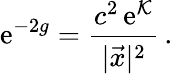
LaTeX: \mathrm{e}^{-2g}={\frac{c^{2}\, \mathrm{e}^{{\cal K}}}{|\vec{x}|^{2}}}\, .